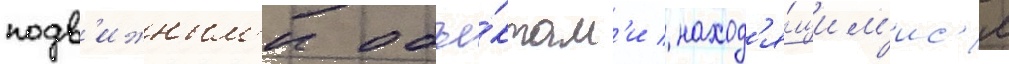
подв'ижным'и объе́ктам'и / наход'я́щим'ис'я